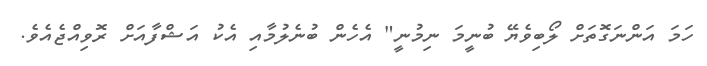
ހަމަ އަންނަގޮތަށް ލޯބިވެޔޭ ބުނީމަ ނިމުނީ" އެހެން ބުނެލުމާއި އެކު އަޝްފާއަށް ރޮވިއްޖެއެވެ.